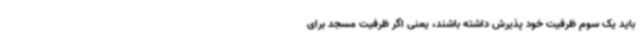
باید یک سوم ظرفیت خود پذیرش داشته باشند، یعنی اگر ظرفیت مسجد برای